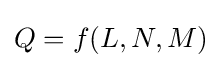
Q=f(L,N,M)